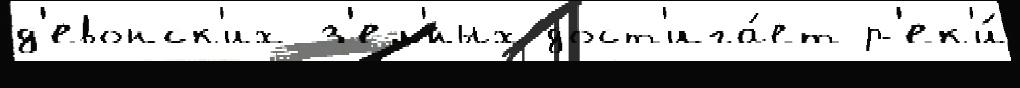
д'евонск'их з'ел'́ных дост'ига́ет р'ек'и́